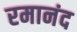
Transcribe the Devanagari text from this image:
रमानंद